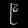
Digit: ၉